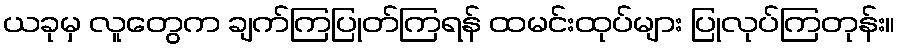
ယခုမှ လူတွေက ချက်ကြပြုတ်ကြရန် ထမင်းထုပ်များ ပြုလုပ်ကြတုန်း။